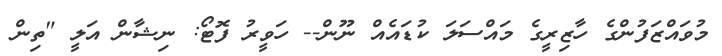
މުވައްޒަފުންގެ ހާޒިރީގެ މައްސަލަ ކުޑައެއް ނޫން-- ހަވީރު ފޮޓޯ: ނިޝާން އަލީ "ތިން